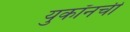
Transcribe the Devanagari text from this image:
युकॉनची